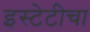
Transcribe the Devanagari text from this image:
इस्टेटीचा